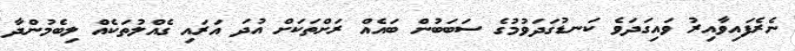
ނެރެފައިވާއިރު ވައިގަދަވެ ކަނޑުގަދަވުމުގެ ސަބަބުން ބައެއް ރަށްތަކަށް އުދަ އަރައި ގެއްލުތަކެއް ލިބެމުންދާ